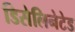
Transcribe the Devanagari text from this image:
डिसेलिनेटेड